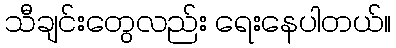
သီချင်းတွေလည်း ရေးနေပါတယ်။